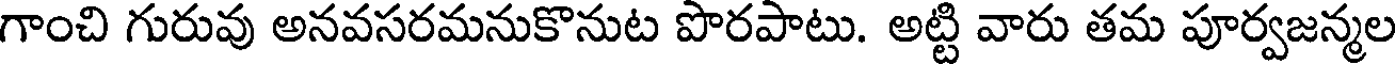
గాంచి గురువు అనవసరమనుకొనుట పొరపాటు. అట్టి వారు తమ పూర్వజన్మల